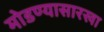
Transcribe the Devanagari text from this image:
मोडण्यासारखा